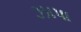
ઝાપા